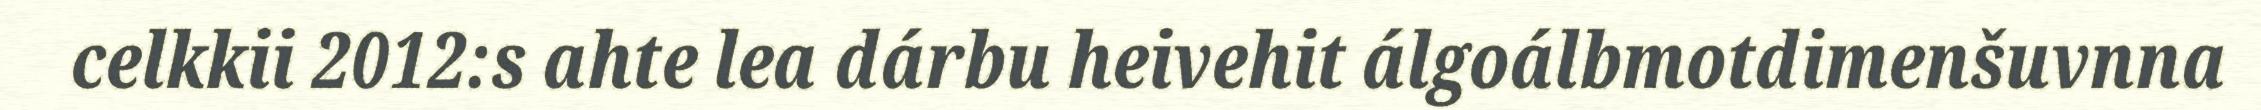
celkkii 2012:s ahte lea dárbu heivehit álgoálbmotdimenšuvnna